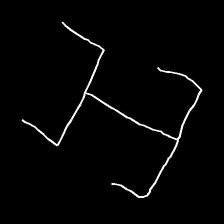
Glyph: entwine